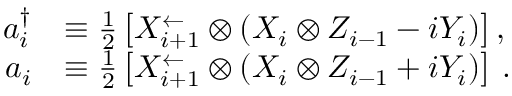
\begin{array} { r l } { a _ { i } ^ { \dagger } } & { \equiv \frac { 1 } { 2 } \left[ X _ { i + 1 } ^ { \leftarrow } \otimes ( X _ { i } \otimes Z _ { i - 1 } - i Y _ { i } ) \right] , } \\ { a _ { i } } & { \equiv \frac { 1 } { 2 } \left[ X _ { i + 1 } ^ { \leftarrow } \otimes ( X _ { i } \otimes Z _ { i - 1 } + i Y _ { i } ) \right] \, . } \end{array}